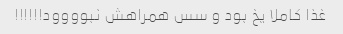
غذا کاملا یخ بود و سس همراهش نبوووود!!!!!!